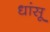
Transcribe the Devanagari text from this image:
धांसू